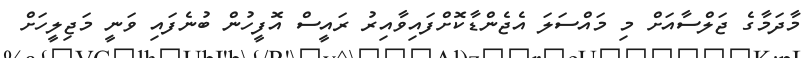
މާދަމާގެ ޖަލްސާއަށް މި މައްސަލަ އެޖެންޑާކޮށްފައިވާއިރު ރައީސް އޮފީހުން ބުނެފައި ވަނީ މަޖިލީހަށް